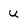
Character: U